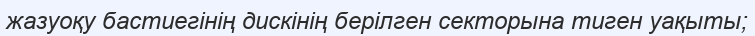
жазуоқу бастиегінің дискінің берілген секторына тиген уақыты;